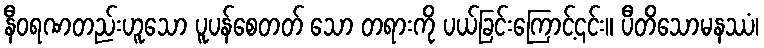
နီဝရဏတည်းဟူသော ပူပန်စေတတ် သော တရားကို ပယ်ခြင်းကြောင့်၎င်း။ ပီတိသောမနဿံ၊